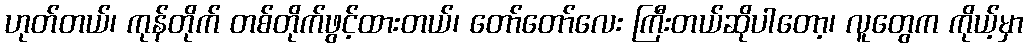
ဟုတ်တယ်၊ ကုန်တိုက် တစ်တိုက်ဖွင့်ထားတယ်၊ တော်တော်လေး ကြီးတယ်ဆိုပါတော့၊ လူတွေက ကိုယ့်မှာ